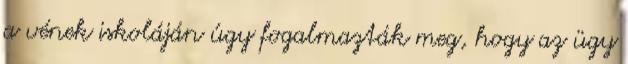
a vének iskoláján úgy fogalmazták meg, hogy az ügy